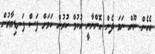
އެހެން ނޫން ނަމަ ދެން އޮންނާނީ ހުކުމް ކުރުން ކަމަށް ފަސް ފަނޑިޔާރުން